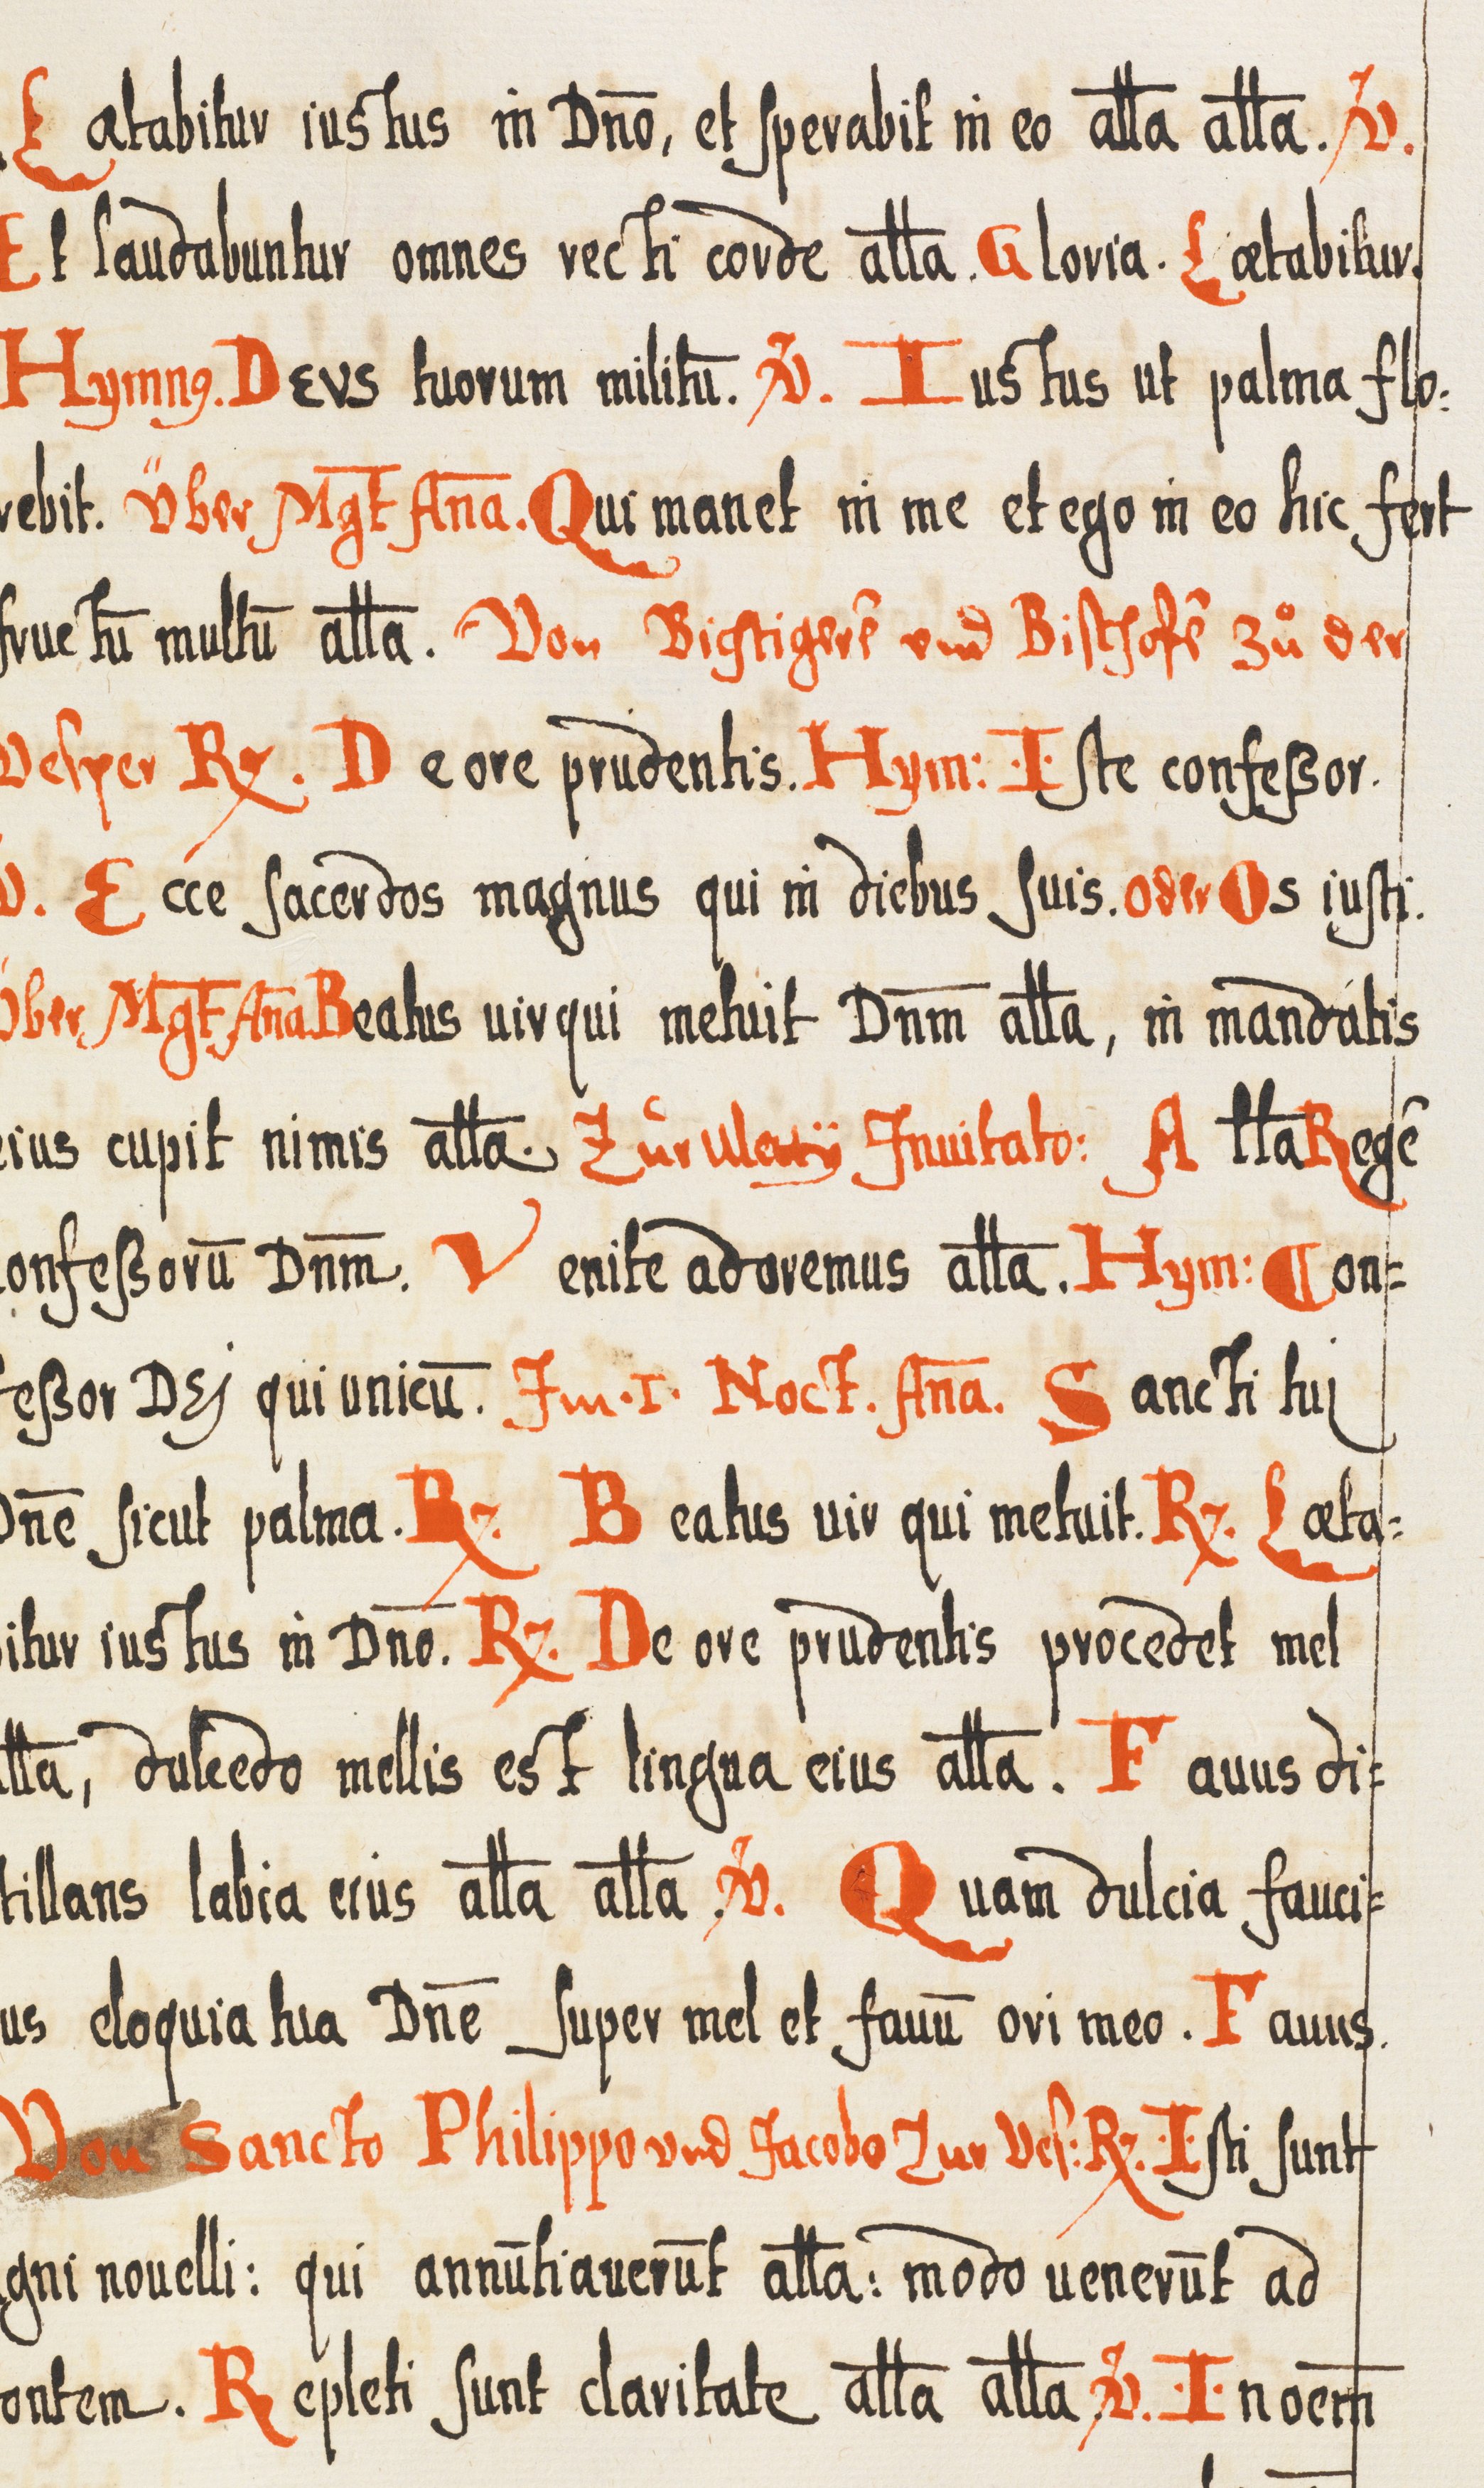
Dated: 1300–1399